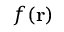
f ( \mathbf { r } )